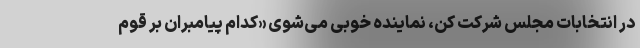
در انتخابات مجلس شرکت کن، نماینده خوبی می‌شوی «کدام پیامبران بر قوم